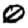
Digit: 0